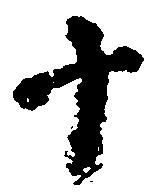
十